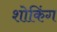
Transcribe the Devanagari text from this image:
शोकिंग